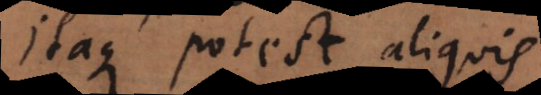
Itaque potest aliquis